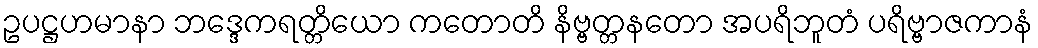
ဥပဋ္ဌဟမာနာ ဘဒ္ဒေကရတ္တိယော ကတောတိ နိဗ္ဗတ္တနတော အပရိဘူတံ ပရိဗ္ဗာဇကာနံ